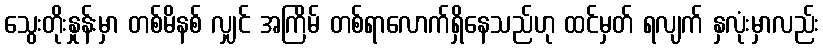
သွေးတိုးနှုန်းမှာ တစ်မိနစ် လျှင် အကြိမ် တစ်ရာလောက်ရှိနေသည်ဟု ထင်မှတ် ရလျက် နှလုံးမှာလည်း